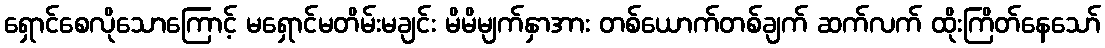
ရှောင်စေလိုသောကြောင့် မရှောင်မတိမ်းမချင်း မိမိမျက်နှာအား တစ်ယောက်တစ်ချက် ဆက်လက် ထိုးကြိတ်နေသော်